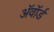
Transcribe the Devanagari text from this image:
अॅवॉर्ड